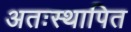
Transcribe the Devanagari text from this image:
अतःस्थापित